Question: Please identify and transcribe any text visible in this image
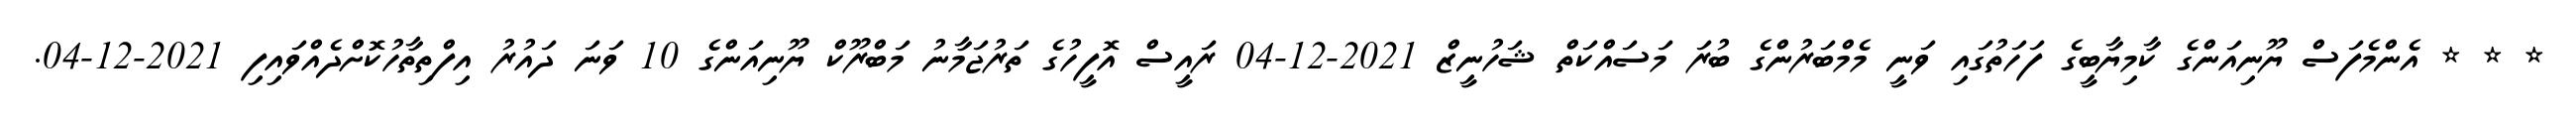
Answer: * * * އެންމެފަސް ޔޫނިއަންގެ ކާމިޔާބީގެ ފަހަތުގައި ވަނީ މެމްބަރުންގެ ބުރަ މަސައްކަތް ޝަހުނީޒް 2021-12-04 ރައީސް އޮފީހުގެ ތަރުޖަމާނު މަބްރޫކް ޔޫނިއަންގެ 10 ވަނަ ދައުރު އިފްތިތާހުކޮށްދެއްވައިފި 2021-12-04.